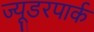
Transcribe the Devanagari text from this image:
ज्यूडरपार्क